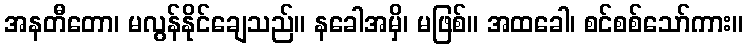
အနတီတော၊ မလွန်နိုင်ချေသည်။ နခေါအမှိ၊ မဖြစ်။ အထခေါ၊ စင်စစ်သော်ကား။